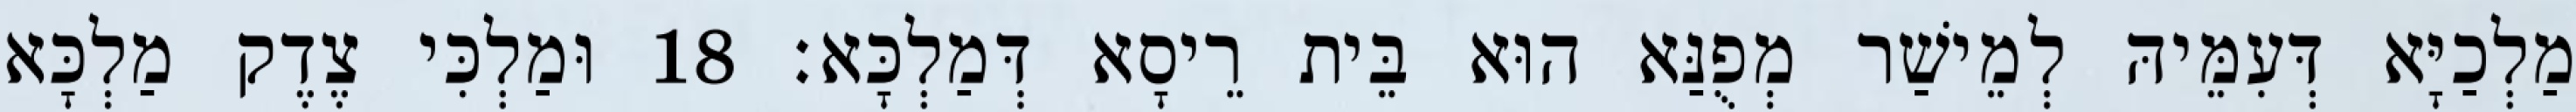
מַלְכַיָּא דְּעִמֵּיהּ לְמֵישַׁר מְפֻנַּא הוּא בֵּית רֵיסָא דְּמַלְכָּא׃ 18 וּמַלְכִּי צֶדֶק מַלְכָּא